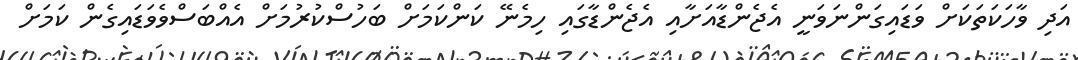
އަދި ވާހަކަތަކަށް ވަޑައިގަންނަވަނީ އެޖެންޑާއަށާއި އެޖެންޑާގައި ހިމެނޭ ކަންކަމަށް ބަހުސްކުރުމަށް އެއްބަސްވެވަޑައިގެން ކަމަށް